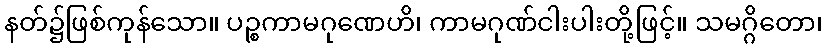
နတ်၌ဖြစ်ကုန်သော။ ပဉ္စကာမဂုဏေဟိ၊ ကာမဂုဏ်ငါးပါးတို့ဖြင့်။ သမဂ္ဂိတော၊